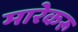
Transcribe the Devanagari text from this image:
मारेकरू